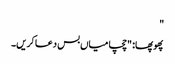
"
پھوپھا: "چچا میاں بس دعا کریں۔